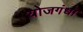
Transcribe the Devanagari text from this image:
योजगंधा